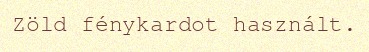
Zöld fénykardot használt.